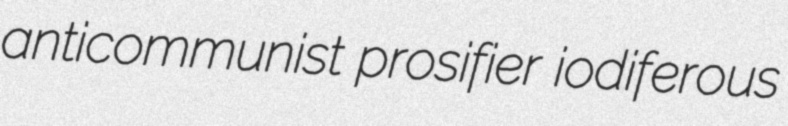
anticommunist prosifier iodiferous